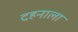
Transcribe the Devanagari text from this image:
दहनाला